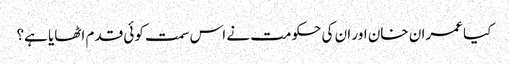
کیا عمران خان اور ان کی حکومت نے اس سمت کوئی قدم اٹھایا ہے؟